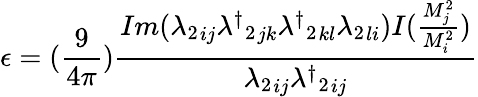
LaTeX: \epsilon=(\frac{9}{4\pi})\frac{Im({\lambda_{2}}_{ij}{{\lambda^{\dagger}}_{2}}_{jk}{{\lambda^{\dagger}}_{2}}_{kl}{\lambda_{2}}_{li})I(\frac{M_{j}^{2}}{M_{i}^{2}})}{{\lambda_{2}}_{ij}{{\lambda^{\dagger}}_{2}}_{ij}}